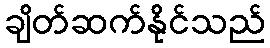
ချိတ်ဆက်နိုင်သည်